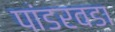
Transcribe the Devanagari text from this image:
पांडरवडा